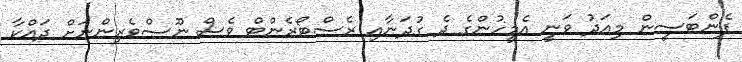
ފެންޓަސީން މިއަދު ވަނީ އެމީހުންގެ ދެ ގުދަނާއި ރެސްޓޯރެންޓް ވެސް ނޫސްވެރިންނަށް ދައްކާ